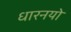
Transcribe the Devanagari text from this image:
धारनयो